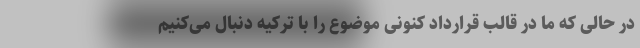
در حالی که ما در قالب قرارداد کنونی موضوع را با ترکیه دنبال می‌کنیم